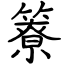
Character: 簝